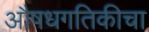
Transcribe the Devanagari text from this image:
औषधगतिकीचा